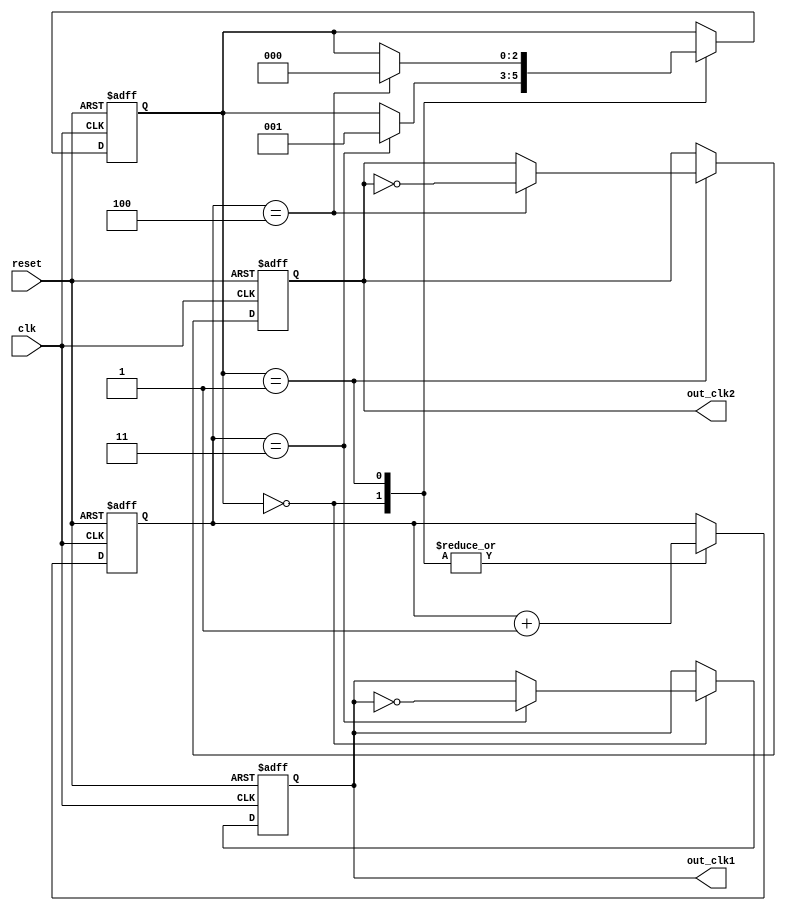
module dual_modulus_clock_divider (
    input wire clk,
    input wire reset,
    output reg out_clk1,
    output reg out_clk2
);

parameter MOD1 = 4; // First division ratio
parameter MOD2 = 5; // Second division ratio

reg [7:0] count;
reg [2:0] state;

always @(posedge clk or posedge reset) begin
    if (reset) begin
        count <= 0;
        state <= 0;
        out_clk1 <= 0;
        out_clk2 <= 0;
    end else begin
        case (state)
            0: begin
                count <= count + 1;
                if (count == MOD1 - 1) begin
                    out_clk1 <= ~out_clk1;
                    state <= 1;
                end
            end
            1: begin
                count <= count + 1;
                if (count == MOD2 - 1) begin
                    out_clk2 <= ~out_clk2;
                    state <= 0;
                end
            end
        endcase
    end
end

endmodule